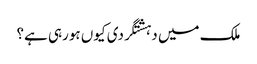
ملک میں دہشتگردی کیوں ہورہی ہے؟